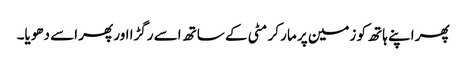
پھر اپنے ہاتھ کو زمین پر مار کر مٹی کے ساتھ اسے رگڑا اور پھر اسے دھویا۔